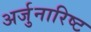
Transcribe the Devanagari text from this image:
अर्जुनारिष्ट